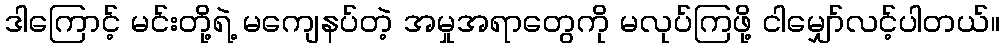
ဒါကြောင့် မင်းတို့ရဲ့ မကျေနပ်တဲ့ အမှုအရာတွေကို မလုပ်ကြဖို့ ငါမျှော်လင့်ပါတယ်။